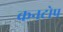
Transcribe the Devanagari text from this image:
कनटोप